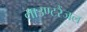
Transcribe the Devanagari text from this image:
माउण्टरैंजल